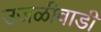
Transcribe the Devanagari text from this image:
उजळीवाडी